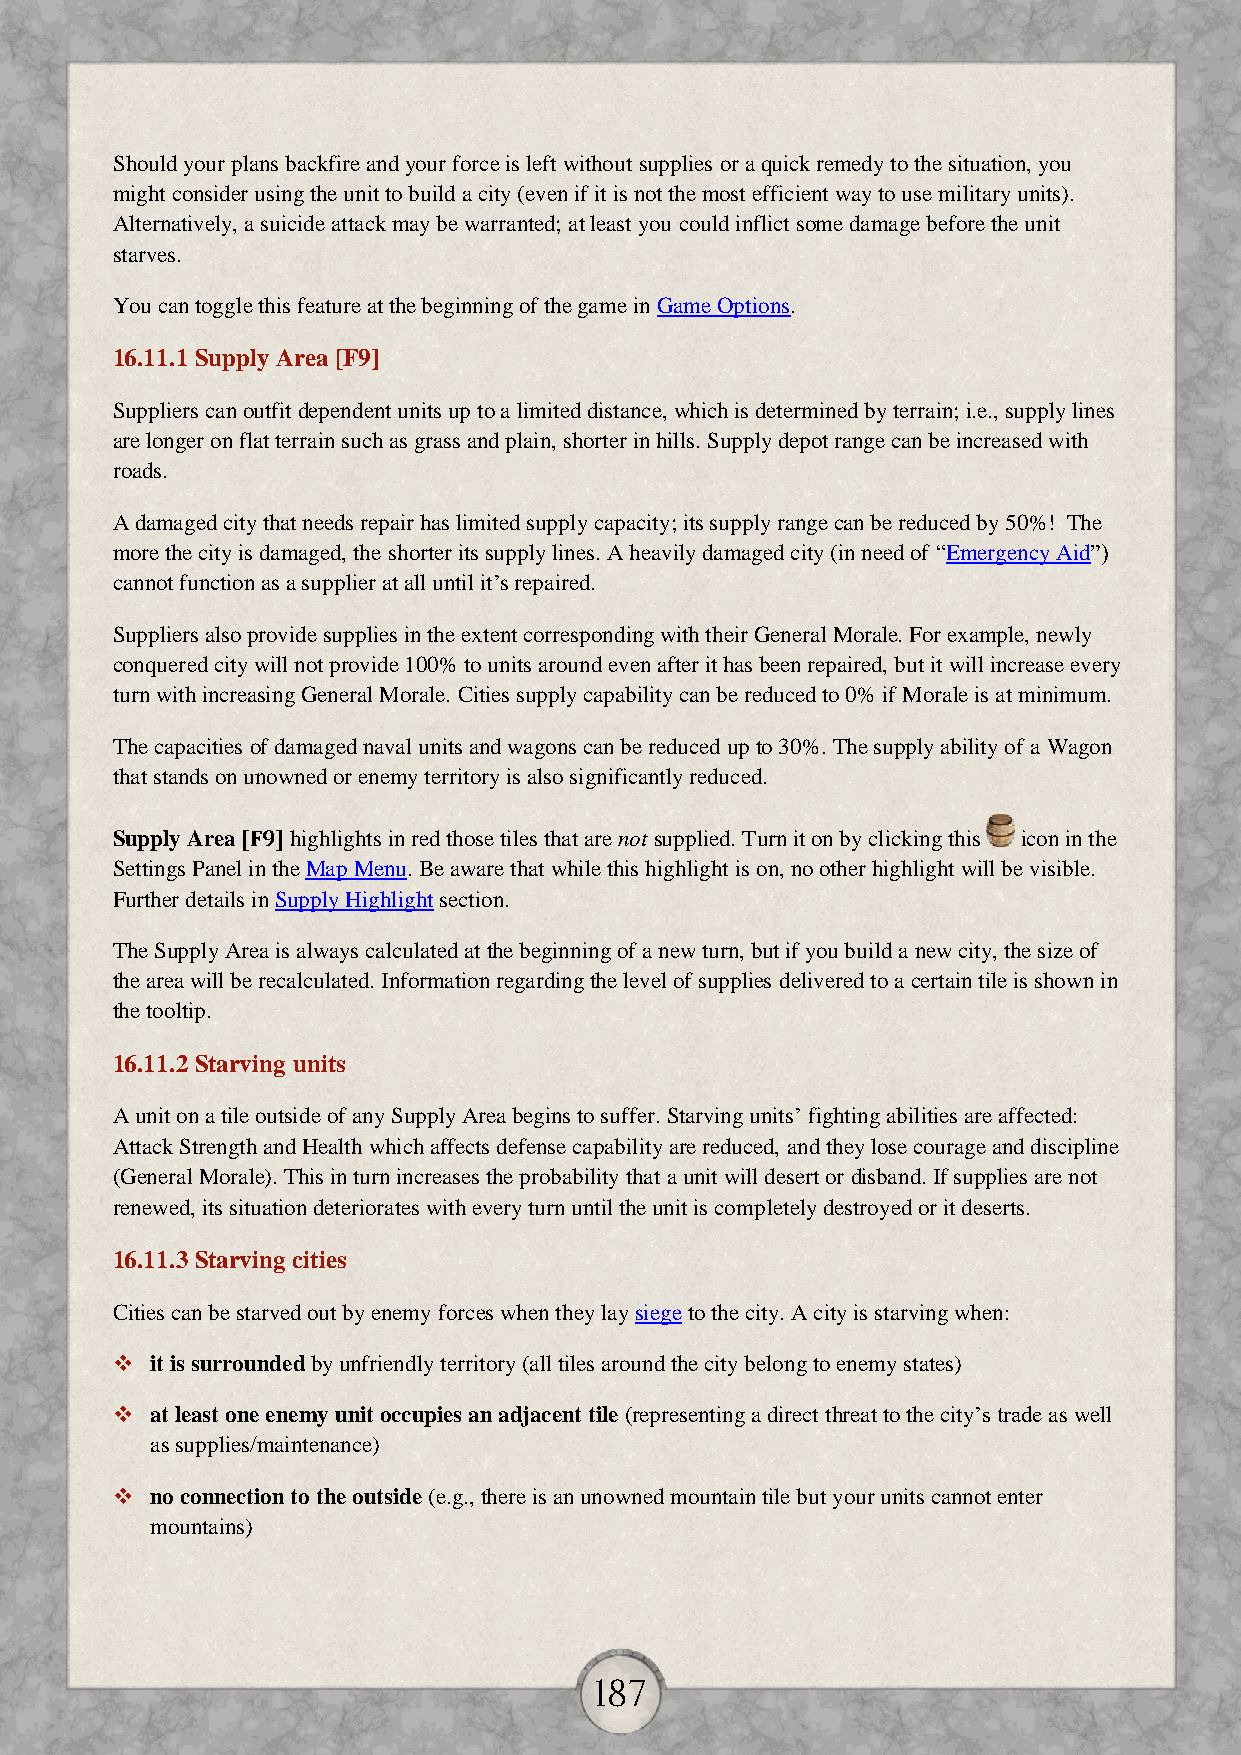
Should your plans backfire and your force is left without supplies or a quick remedy to the situation, you
 might consider using the unit to build a city (even if it is not the most efficient way to use military units).
 Alternatively, a suicide attack may be warranted; at least you could inflict some damage before the unit
 starves.
 You can toggle this feature at the beginning of the game in Game Options.
 16.11.1 Supply Area [F9]
 Suppliers can outfit dependent units up to a limited distance, which is determined by terrain; i.e., supply lines
 are longer on flat terrain such as grass and plain, shorter in hills. Supply depot range can be increased with
 roads.
 A damaged city that needs repair has limited supply capacity; its supply range can be reduced by 50%! The
 more the city is damaged, the shorter its supply lines. A heavily damaged city (in need of “Emergency Aid”)
 cannot function as a supplier at all until it’s repaired.
 Suppliers also provide supplies in the extent corresponding with their General Morale. For example, newly
 conquered city will not provide 100% to units around even after it has been repaired, but it will increase every
 turn with increasing General Morale. Cities supply capability can be reduced to 0% if Morale is at minimum.
 The capacities of damaged naval units and wagons can be reduced up to 30%. The supply ability of a Wagon
 that stands on unowned or enemy territory is also significantly reduced.
 Supply Area [F9] highlights in red those tiles that are not supplied. Turn it on by clicking this icon in the
 Settings Panel in the Map Menu. Be aware that while this highlight is on, no other highlight will be visible.
 Further details in Supply Highlight section.
 The Supply Area is always calculated at the beginning of a new turn, but if you build a new city, the size of
 the area will be recalculated. Information regarding the level of supplies delivered to a certain tile is shown in
 the tooltip.
 16.11.2 Starving units
 A unit on a tile outside of any Supply Area begins to suffer. Starving units’ fighting abilities are affected:
 Attack Strength and Health which affects defense capability are reduced, and they lose courage and discipline
 (General Morale). This in turn increases the probability that a unit will desert or disband. If supplies are not
 renewed, its situation deteriorates with every turn until the unit is completely destroyed or it deserts.
 16.11.3 Starving cities
 Cities can be starved out by enemy forces when they lay siege to the city. A city is starving when:
   it is surrounded by unfriendly territory (all tiles around the city belong to enemy states)
   at least one enemy unit occupies an adjacent tile (representing a direct threat to the city’s trade as well
 as supplies/maintenance)
   no connection to the outside (e.g., there is an unowned mountain tile but your units cannot enter
 mountains)
 187